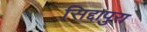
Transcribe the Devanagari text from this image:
सिद्दापुरा